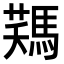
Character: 𩣻